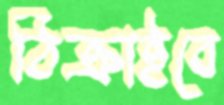
ঠিক্‌রাইবে